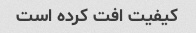
کیفیت افت کرده است